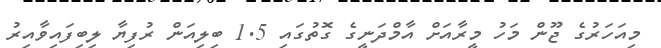
މިއަހަރުގެ ޖޫން މަހު މީރާއަށް އާމްދަނީގެ ގޮތުގައި 1.5 ބިލިއަން ރުފިޔާ ލިބިފައިވާއިރު